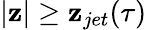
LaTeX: |\mathbf{z}|\geq\mathbf{z}_{jet}(\tau)